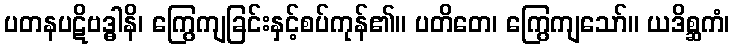
ပတနပဋိဗဒ္ဓါနိ၊ ကြွေကျခြင်းနှင့်စပ်ကုန်၏။ ပတိတေ၊ ကြွေကျသော်။ ယဒိစ္ဆကံ၊